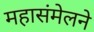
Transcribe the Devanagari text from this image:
महासंमेलने